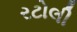
રટોલી